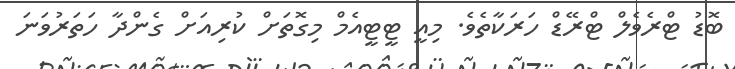
ބޮޑު ޓްރެވެލް ޓްރޭޑް ހަރަކާތެވެ. މިއީ ޓީޓީއެމް މިގޮތަށް ކުރިއަށް ގެންދާ ހަތަރުވަަނަ